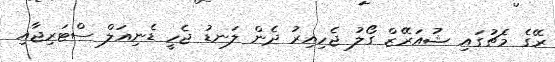
ރޭގެ މެޗުގައި ޝުއަރޭޒް ގޯލު ޖެހިއިރު ދެން ލަނޑު ޖެހީ ޑެނިއަލް ސްޓަރިޖާއި